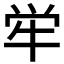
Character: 𫞢